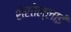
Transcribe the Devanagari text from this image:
शेरतेल्लाई